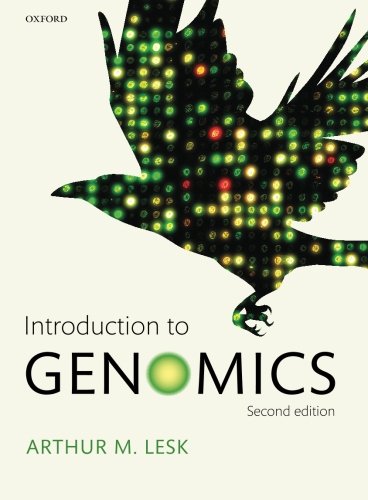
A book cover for Introduction to Genomics; Arthur M. Lesk; Computers & Technology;